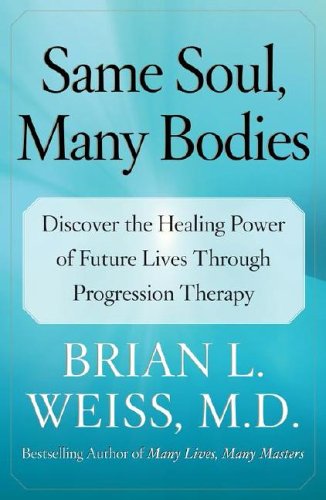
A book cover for Same Soul, Many Bodies: Discover the Healing Power of Future Lives through Progression Therapy; M.D. Brian L. Weiss M.D.; Self-Help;